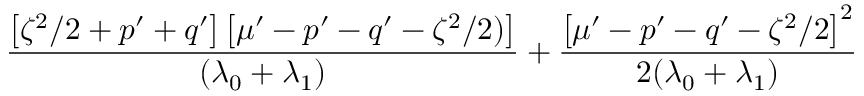
\frac { \left[ \zeta ^ { 2 } / 2 + p ^ { \prime } + q ^ { \prime } \right] \left[ \mu ^ { \prime } - p ^ { \prime } - q ^ { \prime } - \zeta ^ { 2 } / 2 ) \right] } { ( \lambda _ { 0 } + \lambda _ { 1 } ) } + \frac { \left[ \mu ^ { \prime } - p ^ { \prime } - q ^ { \prime } - \zeta ^ { 2 } / 2 \right] ^ { 2 } } { 2 ( \lambda _ { 0 } + \lambda _ { 1 } ) }